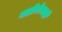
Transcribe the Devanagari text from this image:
नाड़ीरोगतज्ञों